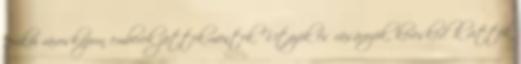
jerikói városkapun emberek jöttek-mentek. Utazók és vásározók, kereskedők vitték